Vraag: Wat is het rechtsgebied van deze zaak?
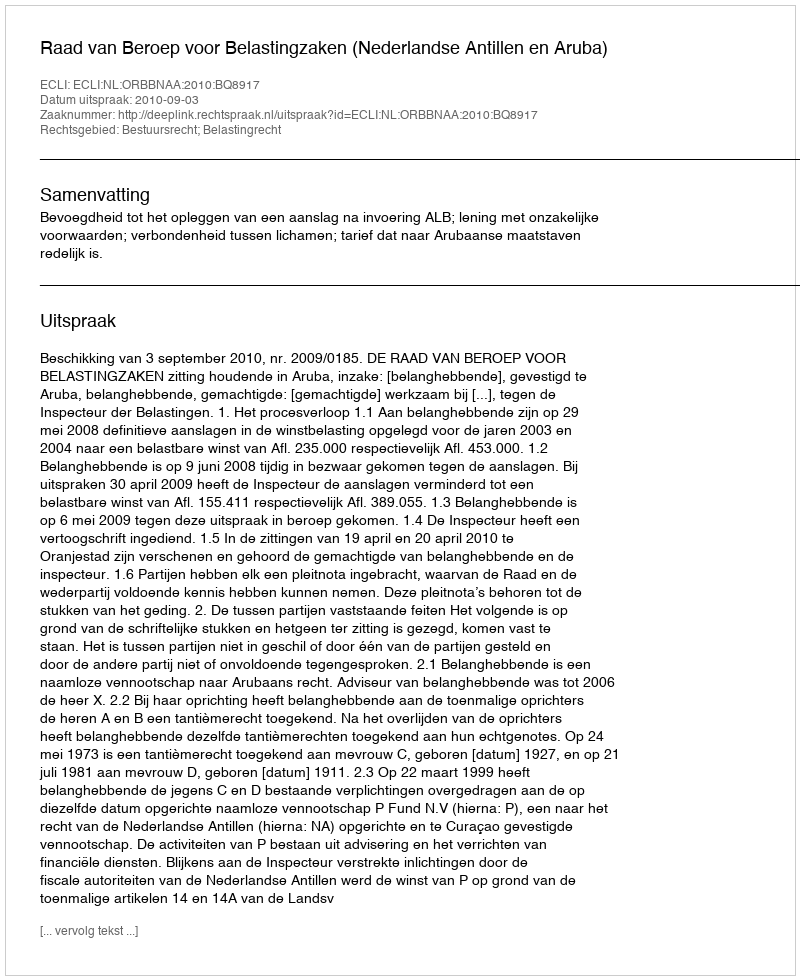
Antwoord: Bestuursrecht; Belastingrecht